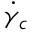
\dot { \gamma } _ { c }